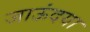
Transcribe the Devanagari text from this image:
जाऊंदया